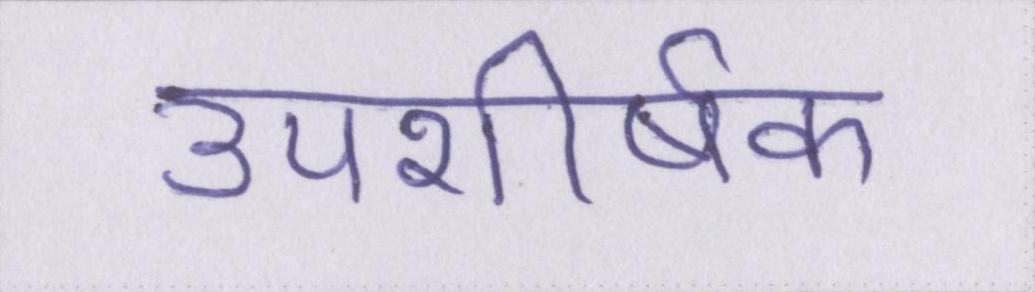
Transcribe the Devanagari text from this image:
उपशीर्षक